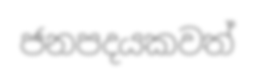
ජනපදයකවත්